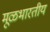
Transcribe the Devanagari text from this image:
मूळभारतीय